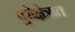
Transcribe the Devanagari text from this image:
युरोक्षेत्रात